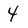
Character: 4